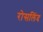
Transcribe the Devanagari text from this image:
रोसलिंद